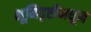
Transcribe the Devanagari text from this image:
भूमिदृष्टीमधून